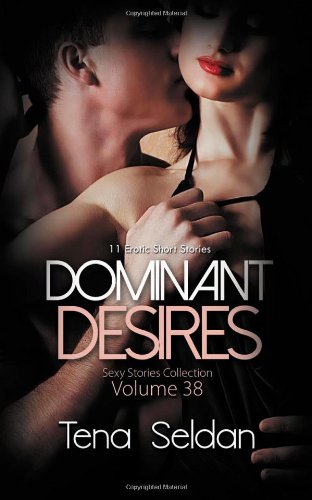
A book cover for Dominant Desires: 11 Erotic Short Stories (Sexy Stories Collection) (Volume 38); Tena Seldan; Romance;